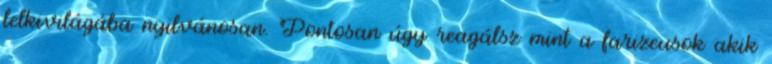
lelkivilágába nyilvánosan. Pontosan úgy reagálsz mint a farizeusok akik